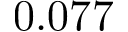
0 . 0 7 7